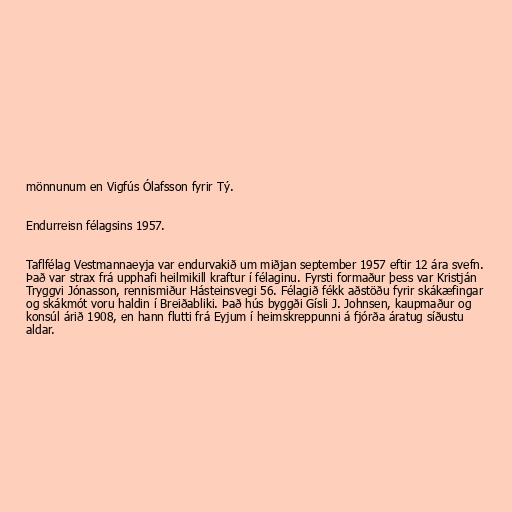
mönnunum en Vigfús Ólafsson fyrir Tý.

Endurreisn félagsins 1957.

Taflfélag Vestmannaeyja var endurvakið um miðjan september 1957 eftir 12 ára svefn.
Það var strax frá upphafi heilmikill kraftur í félaginu. Fyrsti formaður þess var Kristján
Tryggvi Jónasson, rennismiður Hásteinsvegi 56. Félagið fékk aðstöðu fyrir skákæfingar
og skákmót voru haldin í Breiðabliki. Það hús byggði Gísli J. Johnsen, kaupmaður og
konsúl árið 1908, en hann flutti frá Eyjum í heimskreppunni á fjórða áratug síðustu
aldar.